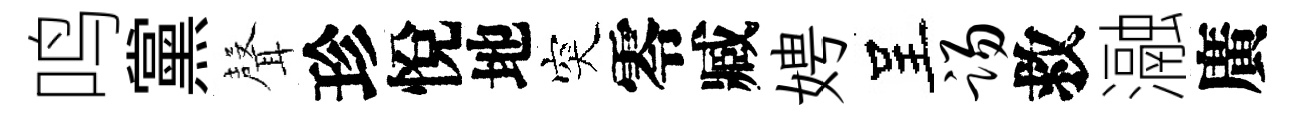
鸣黨𮋻珍悅地突零臧娉呈踢救瀜廣